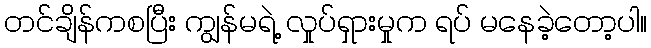
တင်ချိန်ကစပြီး ကျွန်မရဲ့ လှုပ်ရှားမှုက ရပ် မနေခဲ့တော့ပါ။